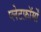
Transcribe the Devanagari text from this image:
प्लेटफ़ॉर्मों